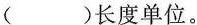
()长度单位。